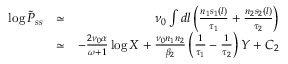
\begin{array} { r l r } { \log \tilde { P } _ { s s } } & { \simeq } & { \nu _ { 0 } \int d l \left( \frac { n _ { 1 } s _ { 1 } ( l ) } { \tau _ { 1 } } + \frac { n _ { 2 } s _ { 2 } ( l ) } { \tau _ { 2 } } \right) } \\ & { \simeq } & { - \frac { 2 \nu _ { 0 } \alpha } { \omega + 1 } \log X + \frac { \nu _ { 0 } n _ { 1 } n _ { 2 } } { \beta _ { 2 } } \left( \frac { 1 } { \tau _ { 1 } } - \frac { 1 } { \tau _ { 2 } } \right) Y + C _ { 2 } } \end{array}